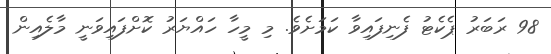
98 ރަބަރު ޕެކެޓު ފެނިފައިވާ ކަމަށެވެ. މި މީހާ ހައްޔަރު ކޮށްފައިވަނީ މާލެއިން